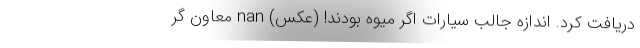
دریافت کرد. اندازه جالب سیارات اگر میوه بودند! (عکس) nan معاون گر